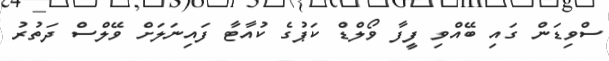
ސްވިޑަން ގައި ބޭއްވި ފީފާ ވޯލްޑް ކަޕުގެ ކުއާޓާ ފައިނަލަށް ވޭލްސް ދަތުރު